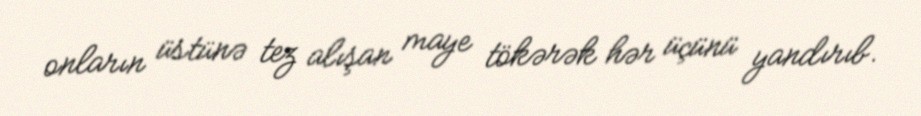
onların üstünə tez alışan maye tökərək hər üçünü yandırıb.